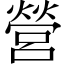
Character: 營